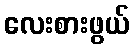
လေးစားဖွယ်